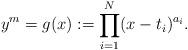
LaTeX: \begin{align*}y^m = g(x):=\prod_{i=1}^N (x-t_i)^{a_i}.\end{align*}